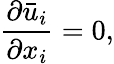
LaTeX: \frac{\partial{{{\bar{u}}}_{i}}}{\partial{{x}_{i}}}=0,